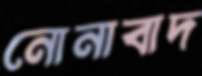
নোনাবাদ